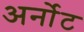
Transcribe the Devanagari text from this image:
अर्नोट